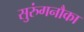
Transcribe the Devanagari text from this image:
सुरुंगनौका